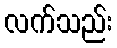
လက်သည်း